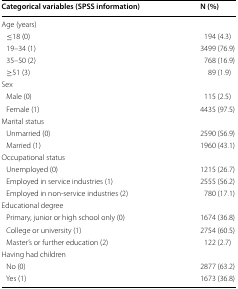
| Categorical variables (SPSS information) | N (%) |
 | --- | --- |
 | <COLSPAN=2> Age (years) |
 | ≤18 (0) | 194 (4.3) |
 | 19–34 (1) | 3499 (76.9) |
 | 35–50 (2) | 768 (16.9) |
 | ≥51 (3) | 89 (1.9) |
 | <COLSPAN=2> Sex |
 | Male (0) | 115 (2.5) |
 | Female (1) | 4435 (97.5) |
 | <COLSPAN=2> Marital status |
 | Unmarried (0) | 2590 (56.9) |
 | Married (1) | 1960 (43.1) |
 | <COLSPAN=2> Occupational status |
 | Unemployed (0) | 1215 (26.7) |
 | Employed in service industries (1) | 2555 (56.2) |
 | Employed in non-service industries (2) | 780 (17.1) |
 | <COLSPAN=2> Educational degree |
 | Primary, junior or high school only (0) | 1674 (36.8) |
 | College or university (1) | 2754 (60.5) |
 | Master’s or further education (2) | 122 (2.7) |
 | <COLSPAN=2> Having had children |
 | No (0) | 2877 (63.2) |
 | Yes (1) | 1673 (36.8) |